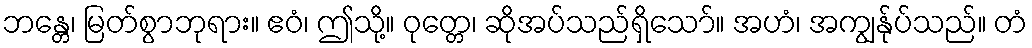
ဘန္တေ၊ မြတ်စွာဘုရား။ ဧဝံ၊ ဤသို့။ ဝုတ္တေ၊ ဆိုအပ်သည်ရှိသော်။ အဟံ၊ အကျွန်ုပ်သည်။ တံ